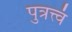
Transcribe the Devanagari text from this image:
पुत्रत्त्वं